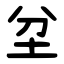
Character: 坌